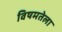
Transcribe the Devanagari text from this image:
विषमतेला